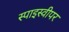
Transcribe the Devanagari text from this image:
स्पाइस्वीपर